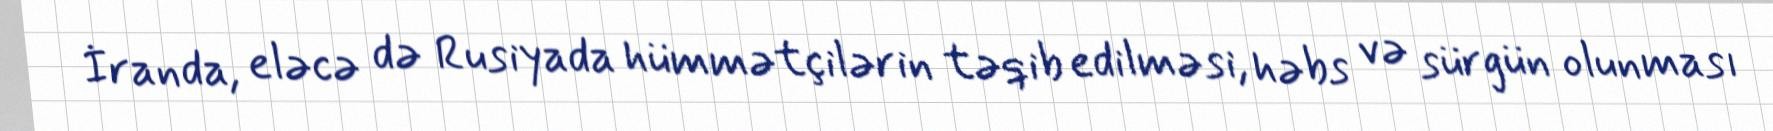
İranda, eləcə də Rusiyada hümmətçilərin təqib edilməsi, həbs və sürgün olunması